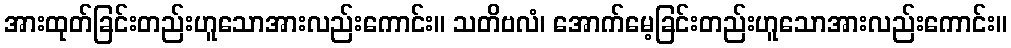
အားထုတ်ခြင်းတည်းဟူသောအားလည်းကောင်း။ သတိဗလံ၊ အောက်မေ့ခြင်းတည်းဟူသောအားလည်းကောင်း။